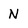
Character: N